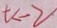
t < - 2